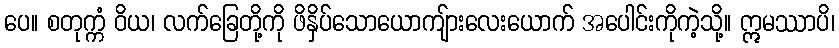
ပေ။ စတုက္ကံ ဝိယ၊ လက်ခြေတို့ကို ဖိနှိပ်သောယောကျ်ားလေးယောက် အပေါင်းကိုကဲ့သို့။ ဣမဿာပိ၊